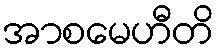
အာစမေဟီတိ